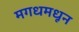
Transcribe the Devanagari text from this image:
मगधमधून